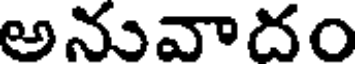
అనువాదం